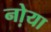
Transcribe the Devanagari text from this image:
नो़या